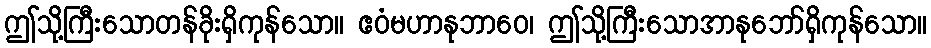
ဤသို့ကြီးသောတန်ခိုးရှိကုန်သော။ ဧဝံမဟာနုဘာဝေ၊ ဤသို့ကြီးသောအာနုဘော်ရှိကုန်သော။